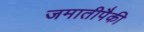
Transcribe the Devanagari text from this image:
जमातीपैकी